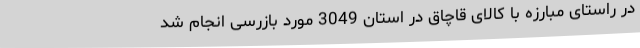
در راستای مبارزه با کالای قاچاق در استان 3049 مورد بازرسی انجام شد